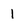
Character: 1